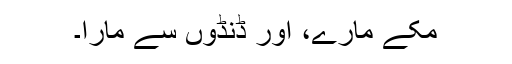
مکے مارے، اور ڈنڈوں سے مارا۔